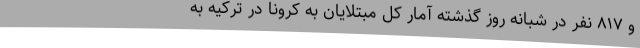
و ۸۱۷ نفر در شبانه روز گذشته آمار کل مبتلایان به کرونا در ترکیه به